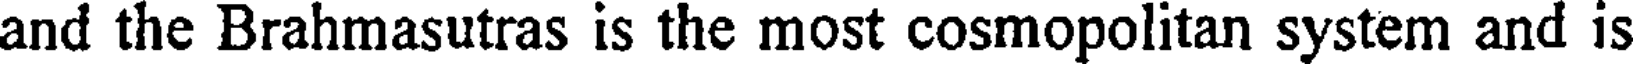
and the Brahmasutras is the most cosmopolitan system and is